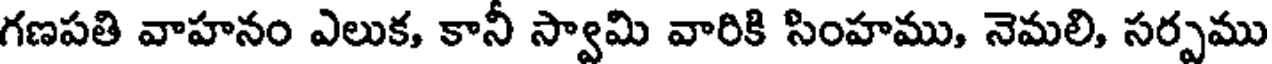
గణపతి వాహనం ఎలుక, కానీ స్వామి వారికి సింహము, నెమలి, సర్పము